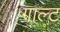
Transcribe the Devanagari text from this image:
गाल्ट